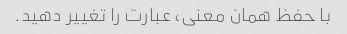
با حفظ همان معنی، عبارت را تغییر دهید.